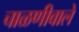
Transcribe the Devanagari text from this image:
चाळणीवाले